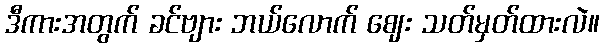
ဒီကားအတွက် ခင်ဗျား ဘယ်လောက် ဈေး သတ်မှတ်ထားလဲ။